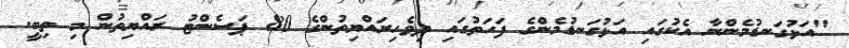
"އަޅުގަނޑުމެންނާ އެކުގައި އަޅުގަނޑުމެންގެ ފަހަތުގައި ދިވެހިރައްޔިތުންގެ 80 ޕަސެންޓު ރައްޔިތުން މި ތިބީ.